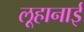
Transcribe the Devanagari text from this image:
लूहानाई